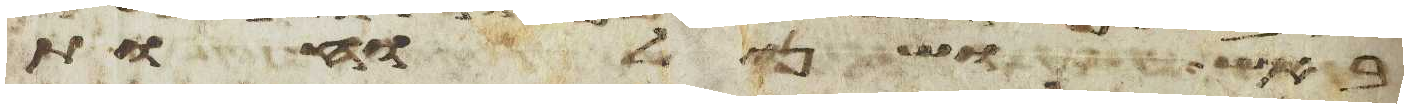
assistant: באש ושני לוחת